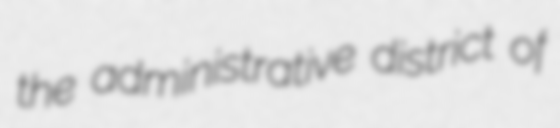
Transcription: the administrative district of